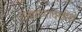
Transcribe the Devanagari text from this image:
शंखाच्यादेखील